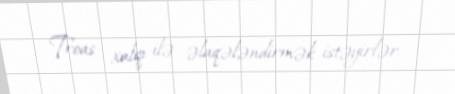
Troas xalqı ilə əlaqələndirmək istəyirlər.